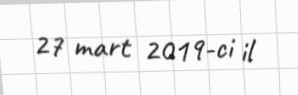
27 mart 2019-ci il